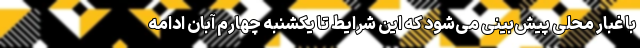
با غبار محلی پیش‌بینی می‌شود که این شرایط تا یکشنبه چهارم آبان ادامه